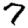
Digit: 7